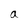
Character: a